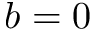
b = 0